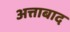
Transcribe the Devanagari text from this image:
अत्ताबाद